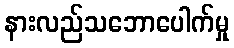
နားလည်သဘောပေါက်မှု